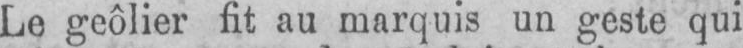
Le geôlier fit au marquis un geste qui